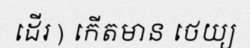
ដើរ ) កើតមាន ថេយ្យ